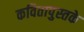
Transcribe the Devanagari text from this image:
कवितापुस्तके